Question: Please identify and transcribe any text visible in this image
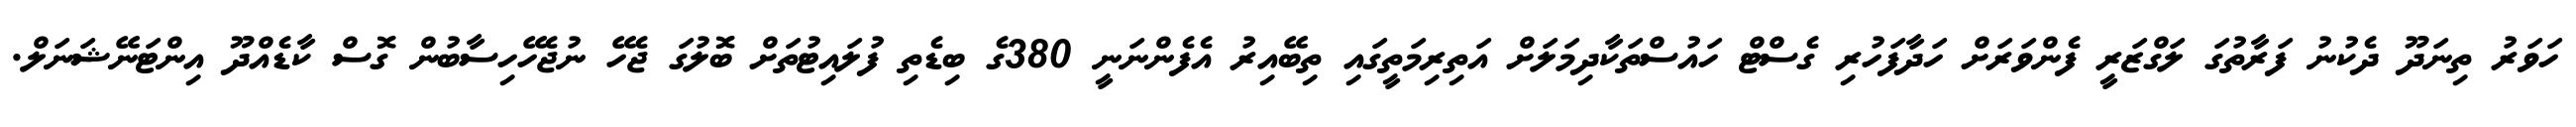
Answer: ހަވަރު ތިނަދޫ ދެކުނު ފަރާތުގަ ލަގްޒަރީ ފެންވަރަށް ހަދާފަހުރި ގެސްޓް ހައުސްތަކާދިމަލަށް އަތިރިމަތީގައި ތިބޭއިރު އެފެންނަނީ 380ގެ ބިޑެތި ފުލައިޓުތަށް ބޮލުގަ ޖެހޭ ނުޖެހޭހިސާބުން ގޮސް ކާޑެއްދޫ އިންޓަނޭޝަނަލް.